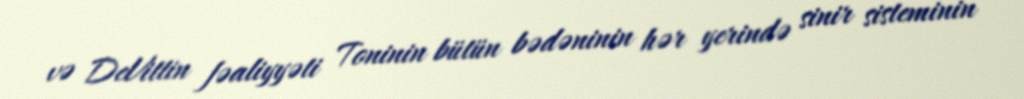
və DeVittin fəaliyyəti Toninin bütün bədəninin hər yerində sinir sisteminin